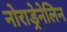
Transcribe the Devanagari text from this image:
नोराड्रेनेलिन